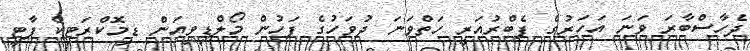
ދެހާސްބާރަ ވަނަ އަހަރުގެ ފެބްރުއަރީ ހަތްވަނަ ދުވަހުގެ ފަހުން މޯލްޑިވިއަން ޑިމޮކްރަޓިކް ޕާޓީ